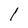
Character: l